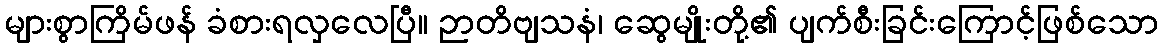
များစွာကြိမ်ဖန် ခံစားရလှလေပြီ။ ဉာတိဗျသနံ၊ ဆွေမျိုးတို့၏ ပျက်စီးခြင်းကြောင့်ဖြစ်သော